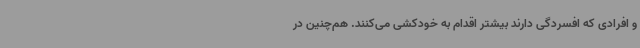
و افرادی که افسردگی دارند بیشتر اقدام به خودکشی می‌کنند. هم‌چنین در